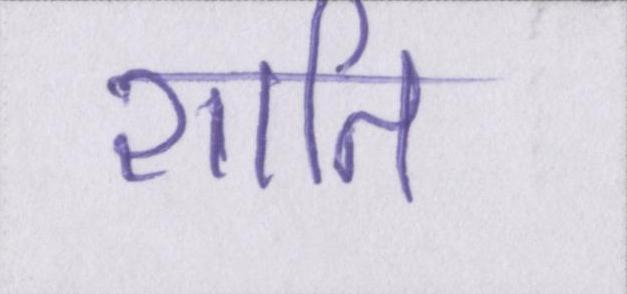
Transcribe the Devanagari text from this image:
शाति